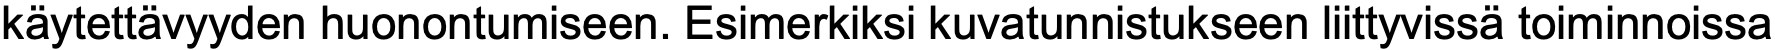
käytettävyyden huonontumiseen. Esimerkiksi kuvatunnistukseen liittyvissä toiminnoissa